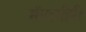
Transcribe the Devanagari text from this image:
मॅनागीरी